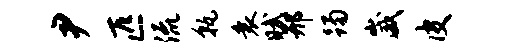
尹匹流孰衰赋邢躅崴皮